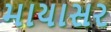
માયાસર